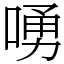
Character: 㗈